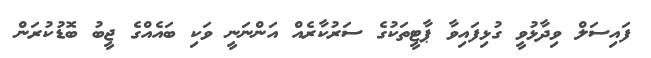
ފައިސަލް ވިދާޅުވީ ގުޅިފައިވާ ޕާޓީތަކުގެ ސަރުކާރެއް އަންނަނީ ވަކި ބައެއްގެ ޖީބު ބޮޑުކުރަން